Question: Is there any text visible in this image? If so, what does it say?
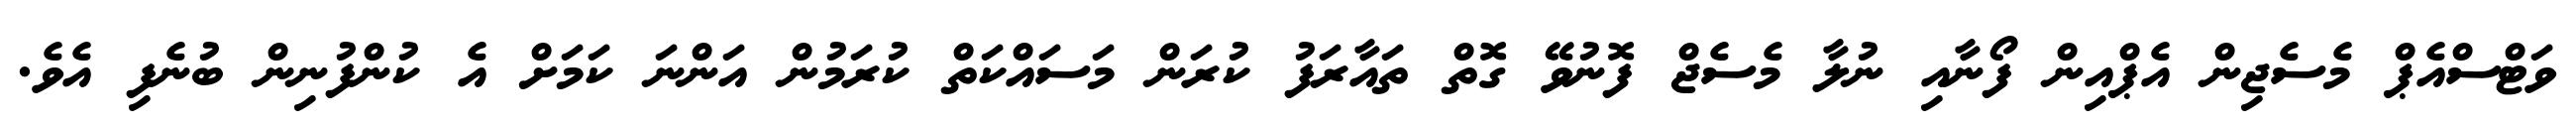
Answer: ވަޓްސްއެޕް މެސެޖިން އެޕްއިން ފޯނާއި ނުލާ މެސެޖް ފޮނުވޭ ގޮތް ތައާރަފު ކުރަން މަސައްކަތް ކުރަމުން އަންނަ ކަމަށް އެ ކުންފުނިން ބުނެފި އެވެ.